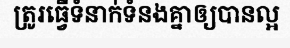
ត្រូរធ្វើទំនាក់ទំនងគ្នាឲ្យបានល្អ